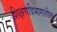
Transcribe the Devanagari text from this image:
शिक्षणविभागातील